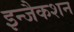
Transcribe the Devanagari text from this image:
इन्जैकशन